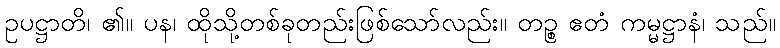
ဥပဋ္ဌာတိ၊ ၏။ ပန၊ ထိုသို့တစ်ခုတည်းဖြစ်သော်လည်း။ တဉ္စ ဧတံ ကမ္မဋ္ဌာနံ၊ သည်။